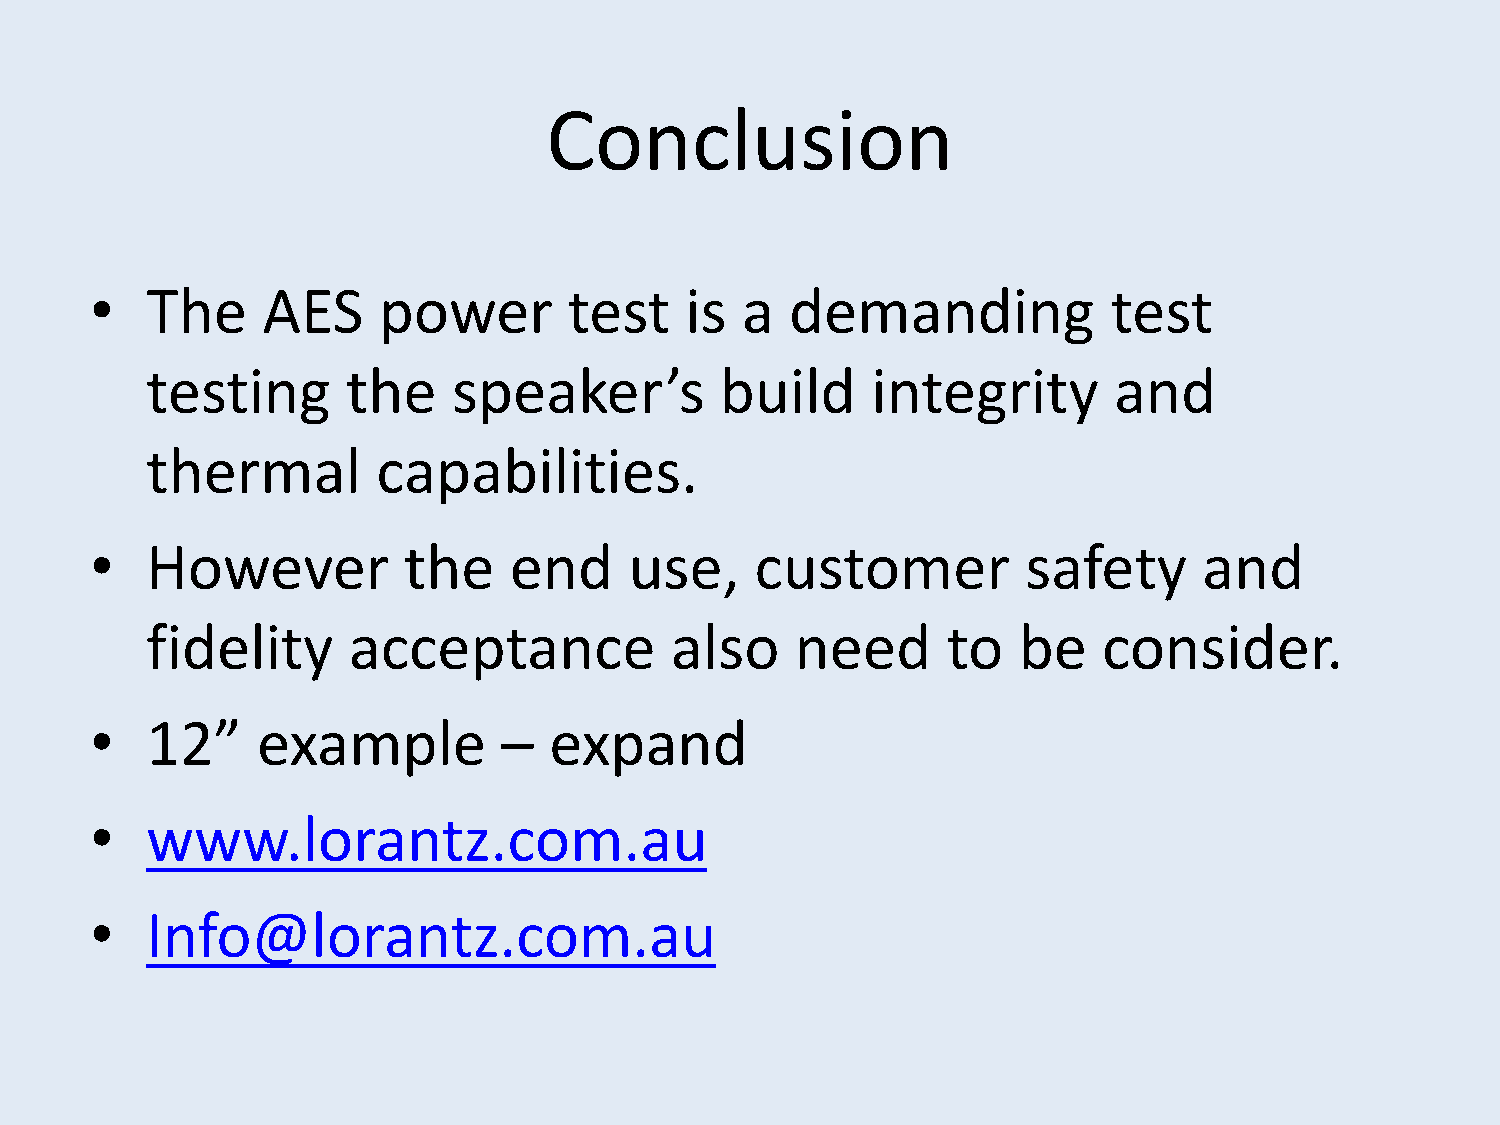
Conclusion
 •   The    AES     power        test   is  a  demanding             test
 testing      the    speaker’s         build     integrity       and
 thermal        capabilities.
 •   However          the    end     use,    customer          safety      and
 fidelity     acceptance           also     need      to  be    consider.
 •   12”    example         –  expand
 •   www.lorantz.com.au
 •   Info@lorantz.com.au